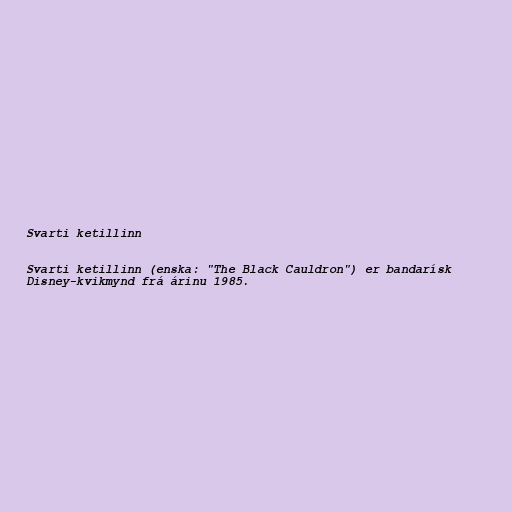
Svarti ketillinn

Svarti ketillinn (enska: "The Black Cauldron") er bandarísk
Disney-kvikmynd frá árinu 1985.